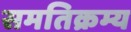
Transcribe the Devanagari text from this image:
समतिक्रम्य